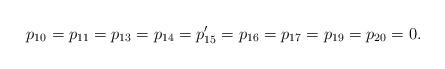
LaTeX: \begin{align*}p_{10}=p_{11}=p_{13}=p_{14}=p_{15}^\prime=p_{16}=p_{17}=p_{19}=p_{20}=0.\end{align*}